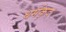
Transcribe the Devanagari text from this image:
धर्मकृद